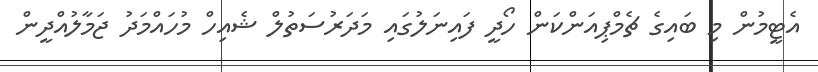
އެޓީމުން މި ބައިގެ ޗެމްޕިއަންކަން ހޯދީ ފައިނަލުގައި މަދަރުސަތުލް ޝެއިހް މުހައްމަދު ޖަމާލުއްދީން